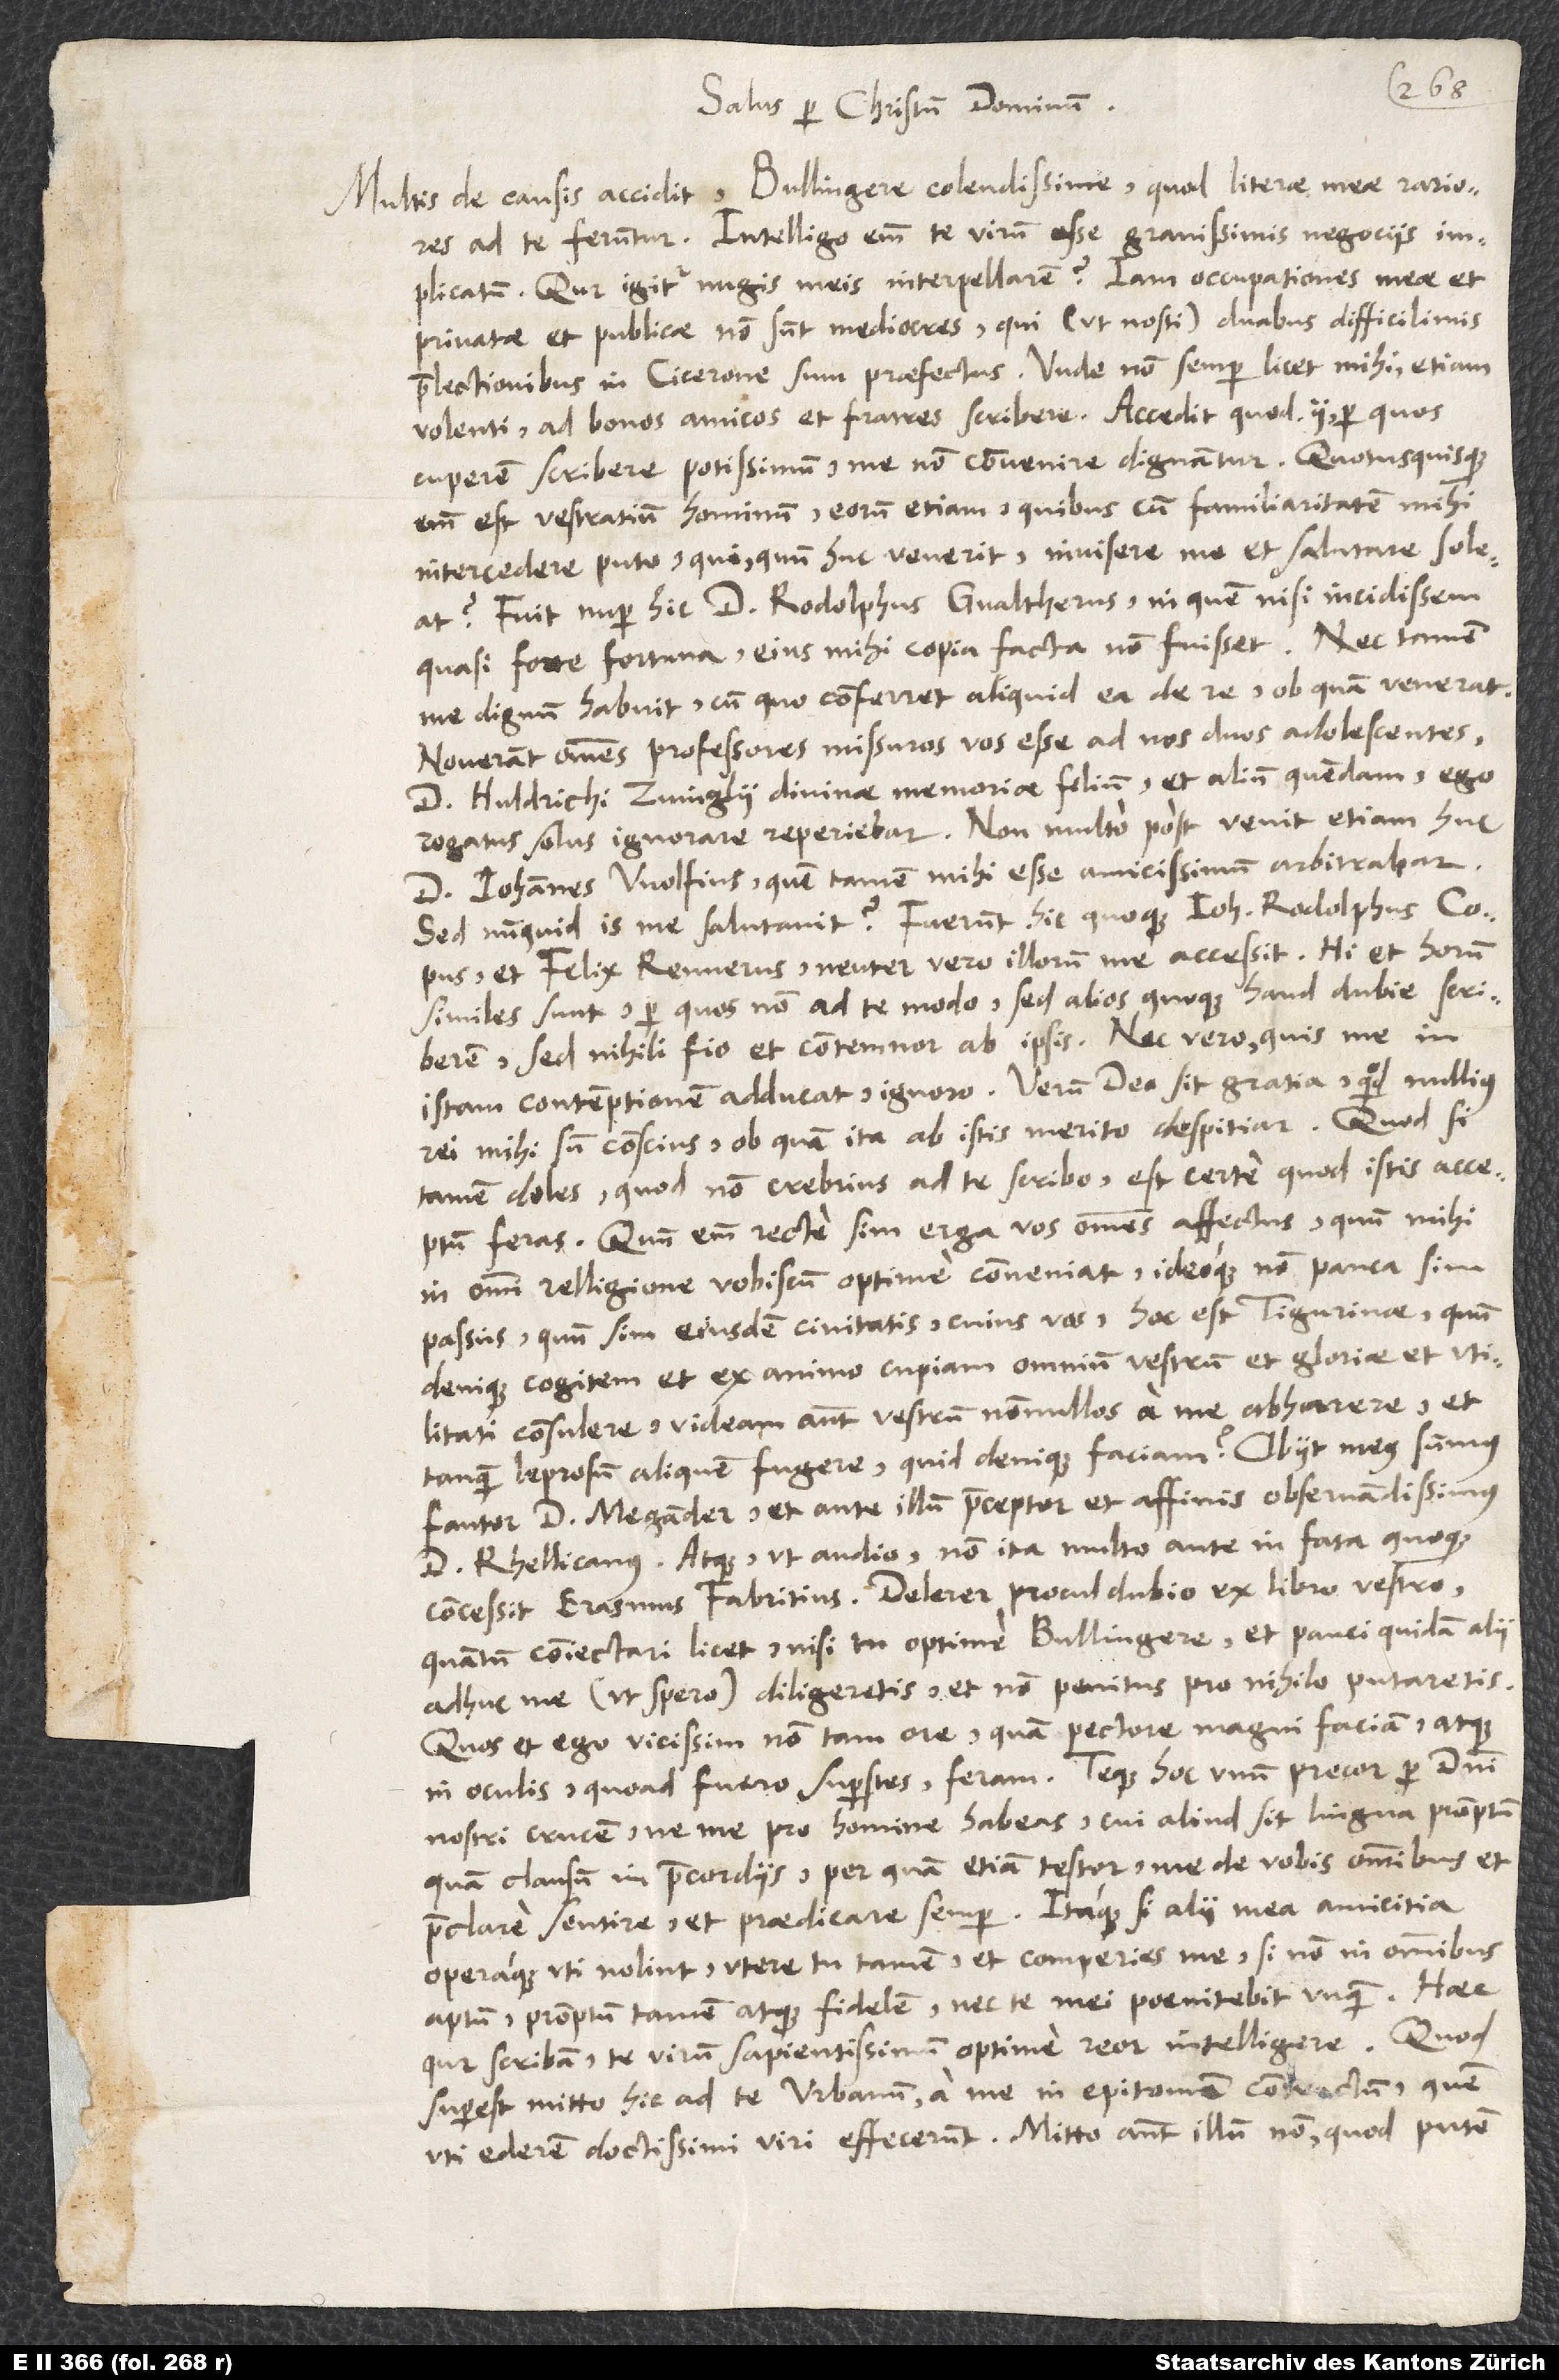
Salus per Christum dominum.
Multis de causis accidit, Bullingere colendissime, quod literae meae rariores
ad te feruntur. Intelligo enim te virum esse gravissimis negociis
implicatum. Qur igitur nugis meis interpellarem? Iam occupationes meae et
privatae et publicae non sunt mediocres, qui (ut nosti) duabus difficilimis
praelectionibus in Cicerone sum praefectus. Unde non semper licet mihi, etiam
volenti, ad bonos amicos et fratres scribere. Accedit, quod ii, per quos
cuperem scribere potissimum, me non convenire dignantur. Quotusquisque
enim est vestratium hominum, eorum etiam, quibuscum familiaritatem mihi
intercedere puto, qui, quum huc venerit, invisere me et salutare soleat?
Fuit nuper hic d. Rodolphus Gvaltherus, in quem nisi incidissem
quasi forte fortuna, eius mihi copia facta non fuisset. Nec tamen
me dignum habuit, cum quo conferret aliquid ea de re, ob quam venerat.
Noverant omnes professores missuros vos esse ad nos duos adolescentes,
d. Huldrichi Zvinglii divinae memoriae filium et alium quendam. Ego
rogatus solus ignorare reperiebar. Non multo post venit etiam huc
d. Iohannes Wolfius, quem tamen mihi esse amicissimum arbitrabar.
Sed numquid is me salutavit? Fuerunt hic quoque Iohannes Rodolphus Copus
et Felix Rennerus. Neuter vero illorum me accessit. Hi et horum
similes sunt, per quos non ad te modo, sed alios quoque haud dubie scriberem.
Sed nihilo fio et contemnor ab ipsis; nec vero, quis me in
istam contemptionem adducat, ignoro. Verum deo sit gratia, quod nullius
rei mihi sum conscius, ob quam ita ab istis merito despitiar. Quod si
tamen doles, quod non crebrius ad te scribo, est certe, quod istis acceptum
feras. Quum enim recte sim erga vos omnes affectus, quum mihi
in omni relligione vobiscum optime conveniat, ideoque non pauca sim
passus, quum sim eiusdem civitatis, cuius vos, hoc est Tigurinae, quum
denique cogitem et ex animo cupiam omnium vestrum et gloriae et utilitati
consulere, videam autem vestrum nonnullos a me abhorrere et
tanquam leprosum aliquem fugere, quid denique faciam? Obiit meus summus
fautor d. Megander, et ante illum praeceptor et affinis observandissimus
d. Rhellicanus, atque, ut audio non ita multo ante, in fata quoque
concessit Erasmus Fabritius. Delerer procul dubio ex libro vestro,
quantum coniectari licet, nisi tu, optime Bullingere, et pauci quidam alii
adhuc me (ut spero) diligeretis et non penitus pro nihilo putaretis;
quos et ego vicissim non tam ore quam pectore magni faciam atque
in oculis, quoad fuero superstes, feram. Teque hoc unum precor per domini
nostri crucem, ne me pro homine habeas, cui aliud sit lingua promptum
quam clausum in praecordiis; per quam etiam testor me de vobis omnibus et
praeclare sentire et praedicare semper. Itaque si alii mea amicitia
operaque uti nolint, utere tu tamen et comperies me, si non in omnibus
aptum, promptum tamen atque fidelem, nec te mei poenitebit unquam. Haec
qur scribam, te, virum sapientissimum, optime reor intelligere. Quod
superest, mitto hic ad te Urbanum a me in epitomen contractum, quem
uti ederem, doctissimi viri effecerunt. Mitto autem illum non, quo putem